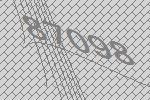
87098